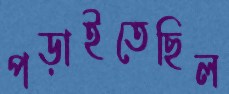
পড়াইতেছিল